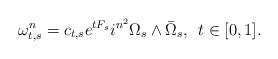
LaTeX: \begin{align*}\omega_{t, s}^n=c_{t, s} e^{tF_s}i^{n^2}\Omega_s\wedge \bar\Omega_s, \;\,t\in [0, 1].\end{align*}